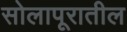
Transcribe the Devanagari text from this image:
सोलापूरातील